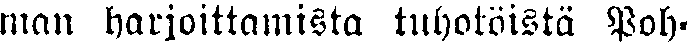
man harjoittamista tuhotöistä Poh-